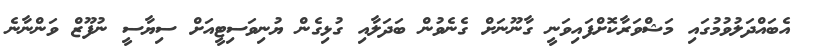
އެބައްދަލުވުމުގައި މަޝްވަރާކޮށްފައިވަނީ ގާނޫނަށް ގެނެވުން ބަދަލާއި ގުޅިގެން ޔުނިވަސިޓީއަށް ސިޔާސީ ނުފޫޒް ވަންނާނެ